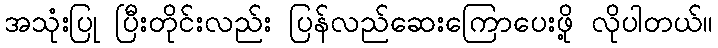
အသုံးပြု ပြီးတိုင်းလည်း ပြန်လည်ဆေးကြောပေးဖို့ လိုပါတယ်။